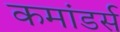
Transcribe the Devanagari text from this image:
कमांडर्स